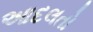
આદલતો